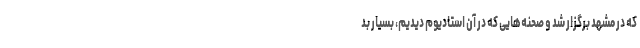
که در مشهد برگزار شد و صحنه‌هایی که در آن استادیوم دیدیم، بسیار بد